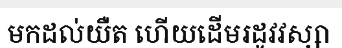
មកដល់យឺត ហើយដើមរដូវវស្សា